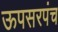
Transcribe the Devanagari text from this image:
ऊपसरपंच